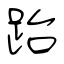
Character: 跆